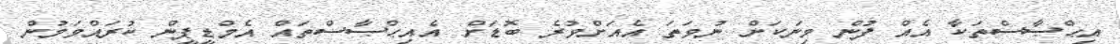
އިޙްޞާސްތަކާ އެއް ފުން މިނަކަށް ނުވަތަ އެއަށްވުރެ ބޮޑަށް އެއިޙްޞާސްތައް އެމްޑީޕީން ކުރައްވަމުން